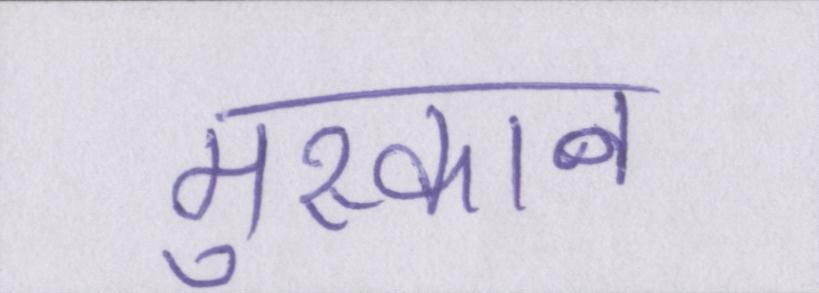
मुस्कान